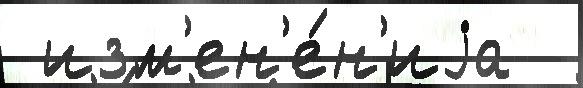
 изм'ен'е́н'иjа